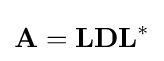
{\textstyle \mathbf {A} =\mathbf {LDL} ^{\mathrm {*} }}